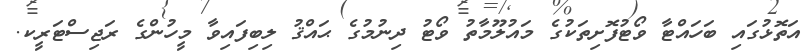
އަތޮޅުގައި ބަހައްޓާ ވޯޓުފޮށިތަކުގެ މައުލޫމާތު ވޯޓު ދިނުމުގެ ޙައްޤު ލިބިފައިވާ މީހުންގެ ރަޖިސްޓަރީކ.